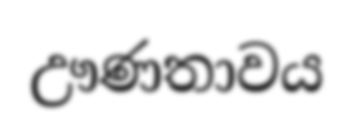
ඌණතාවය